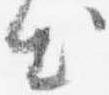
出